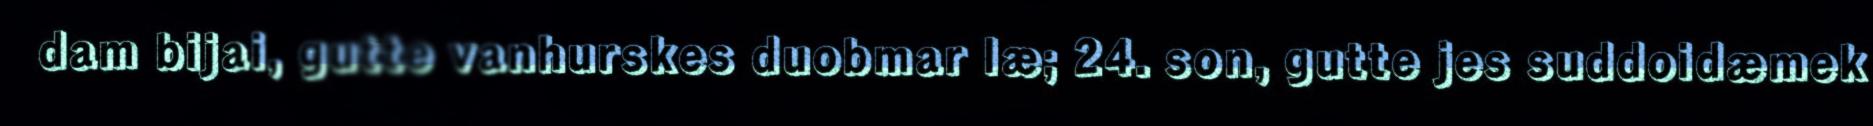
dam bijai, gutte vanhurskes duobmar læ; 24. son, gutte jes suddoidæmek